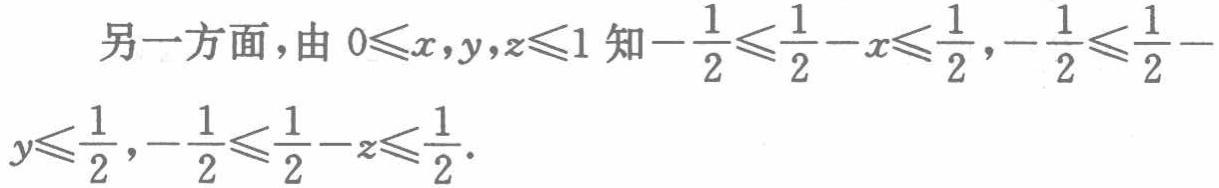
另一方面，由 \(0\leqslant x,y,z\leqslant1\) 知 \(-\frac{1}{2}\leqslant\frac{1}{2}-x\leqslant\frac{1}{2}\)，\(-\frac{1}{2}\leqslant\frac{1}{2}-y\leqslant\frac{1}{2}\)，\(-\frac{1}{2}\leqslant\frac{1}{2}-z\leqslant\frac{1}{2}\)。